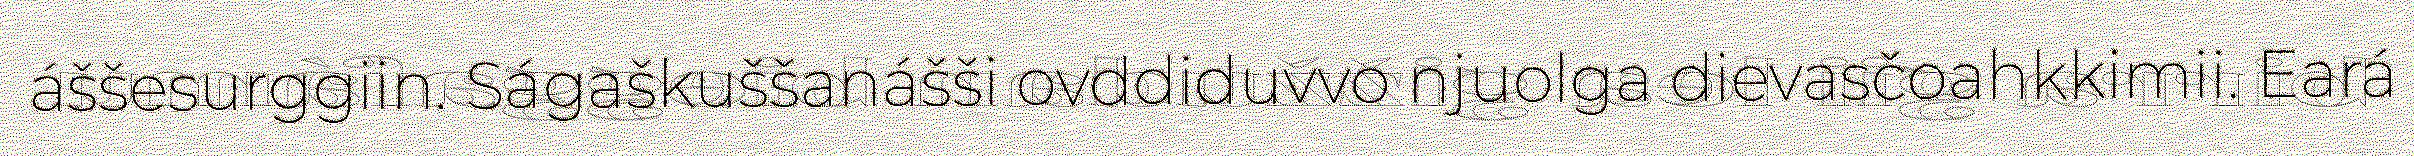
áššesurggiin. Ságaškuššanášši ovddiduvvo njuolga dievasčoahkkimii. Eará